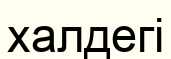
халдегі